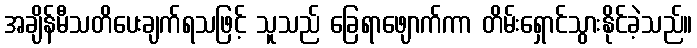
အချိန်မီသတိပေးချက်ရသဖြင့် သူသည် ခြေရာဖျောက်ကာ တိမ်းရှောင်သွားနိုင်ခဲ့သည်။